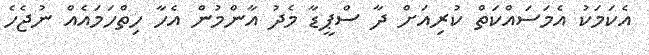
އެކަމަކު އެމަސައްކަތް ކުރިއަށް ދާ ސްޕީޑާ މެދު އާންމުން އެހާ ހިތްހަމައެއް ނުޖެހެ